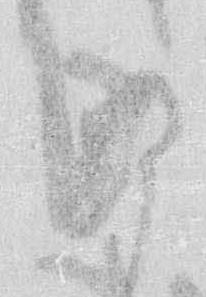
き